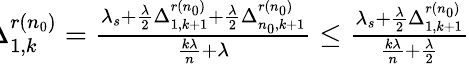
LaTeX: \begin{array}{r}{\! \! \! \Delta_{1,k}^{r(n_{0})}=\frac{\lambda_{s}+\frac{\lambda}{2}\Delta_{1,k+1}^{r(n_{0})}+\frac{\lambda}{2}\Delta_{n_{0},k+1}^{r(n_{0})}}{\frac{k\lambda}{n}+\lambda}\leq\frac{\lambda_{s}+\frac{\lambda}{2}\Delta_{1,k+1}^{r(n_{0})}}{\frac{k\lambda}{n}+\frac{\lambda}{2}}}\end{array}